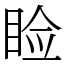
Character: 睑